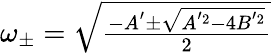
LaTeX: \begin{array}{r}{\omega_{\pm}=\sqrt{\frac{-A^{'}\pm\sqrt{A^{'2}-4B^{'2}}}{2}}}\end{array}